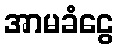
အာမခံငွေ